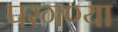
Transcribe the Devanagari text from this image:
परगण्या